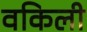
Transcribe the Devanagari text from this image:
वकिली